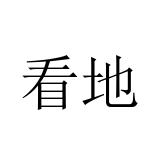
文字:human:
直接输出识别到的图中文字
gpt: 看地